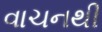
વાચનથી